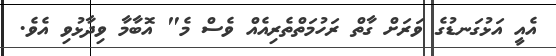
އެއީ އަޅުގަނޑުގެ ވަރަށް ގާތް ރަހުމަތްތެރިއެއް ވެސް މެ" އޮބާމާ ވިދާޅުވި އެވެ.